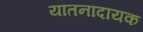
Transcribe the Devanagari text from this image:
यातनादायक